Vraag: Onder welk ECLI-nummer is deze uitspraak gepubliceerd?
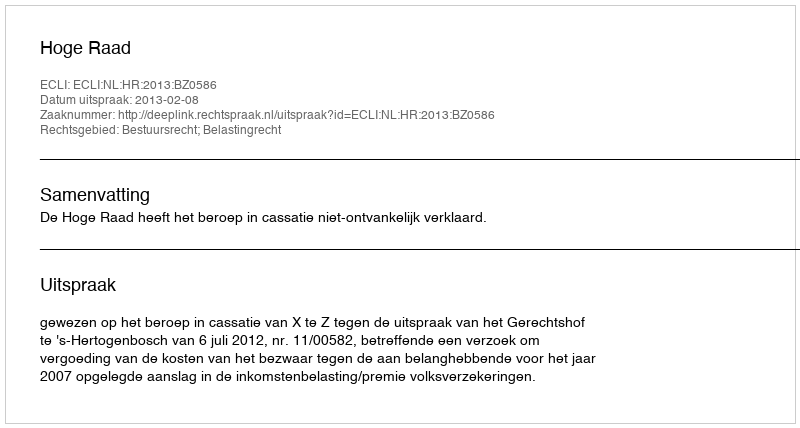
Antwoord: ECLI:NL:HR:2013:BZ0586